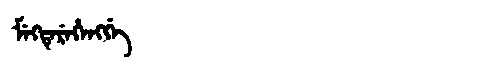
Manchu: ᠮᡝᡴᡨᡝᡵᡝᡥᡝᠩᡤᡝ
Romanization: MEKTEREHENGGE